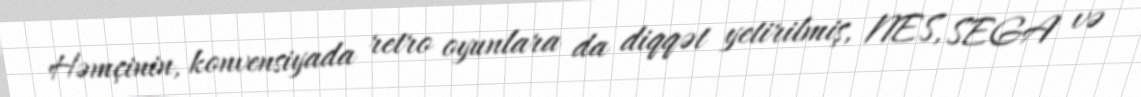
Həmçinin, konvensiyada retro oyunlara da diqqət yetirilmiş, NES, SEGA və